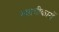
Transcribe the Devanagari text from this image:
स्थायीकारों